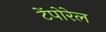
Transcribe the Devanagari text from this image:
टेंपोरेल